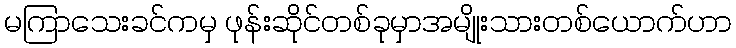
မကြာသေးခင်ကမှ ဖုန်းဆိုင်တစ်ခုမှာအမျိုးသားတစ်ယောက်ဟာ